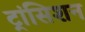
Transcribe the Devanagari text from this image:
ट्रांसिशन